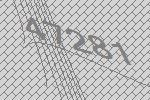
47281